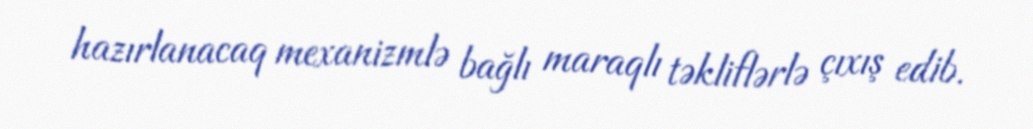
hazırlanacaq mexanizmlə bağlı maraqlı təkliflərlə çıxış edib.